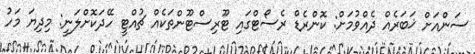
ސަންއަށް ޚަބަރެއް ދެއްވުމަށް: ކޮންރެޑް ރެސޯޓްގައި ޓޫރިސްޓޫންތަކެއް ޗުއްޓީ ހޭދަކޮށްލަނީ: މިދިޔަ މަހު